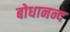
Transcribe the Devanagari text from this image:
बोधानन्द